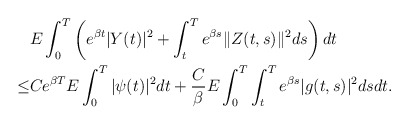
\begin{align*} &E \int_0^T \left(e^{\beta t}|Y(t)|^{2} + \int_t^T e^{\beta s}\|Z(t,s)\|^{2} ds\right) dt\\ \leq& Ce^{\beta T}E \int_0^T |\psi(t)|^{2} dt + \frac{C}{\beta}E \int_0^T \int_t^T e^{\beta s}|g(t,s)|^{2} dsdt.\end{align*}